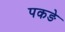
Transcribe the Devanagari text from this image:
पकङे